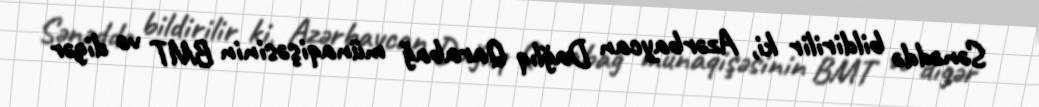
Sənəddə bildirilir ki, Azərbaycan Dağlıq Qarabağ münaqişəsinin BMT və digər